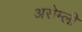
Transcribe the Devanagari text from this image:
असेम्ली